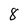
Character: 8